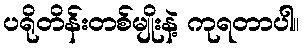
ပရိုတိန်းတစ်မျိုးနဲ့ ကုရတာပါ။